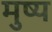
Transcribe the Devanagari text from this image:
मुष्य